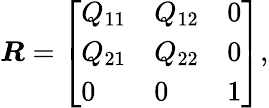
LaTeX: \begin{array}{r}{\boldsymbol{R}=\left[\begin{array}{lll}{Q_{11}}&{Q_{12}}&{0}\\ {Q_{21}}&{Q_{22}}&{0}\\ {0}&{0}&{1}\end{array}\right],}\end{array}